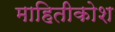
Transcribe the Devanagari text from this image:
माहितीकोश